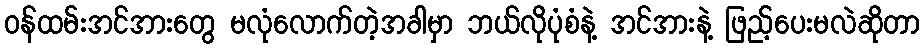
ဝန်ထမ်းအင်အားတွေ မလုံလောက်တဲ့အခါမှာ ဘယ်လိုပုံစံနဲ့ အင်အားနဲ့ ဖြည့်ပေးမလဲဆိုတာ